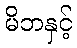
မိဘနှင့်